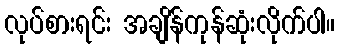
လုပ်စားရင်း အချိန်ကုန်ဆုံးလိုက်ပါ။